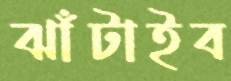
ঝাঁটাইব